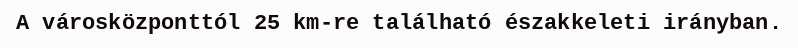
A városközponttól 25 km-re található északkeleti irányban.